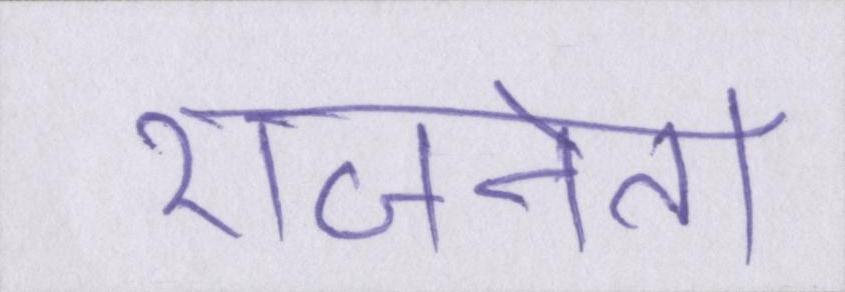
राजनेता